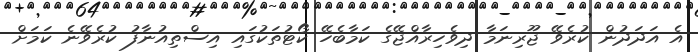
އެ އަދަދުން ކުރެވޭ ޖޫރިނަމާ ދިވެހިރާއްޖޭގެ ކަމާބެހޭ ކޯޓުތަކުގައި އިސްތިއުނާފު ކުރެވޭނެ ކަމަށް